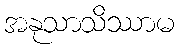
အနုသာသိဿာမ